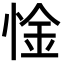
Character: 惍